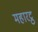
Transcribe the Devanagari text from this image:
महारट्ठ